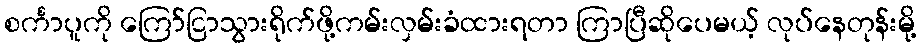
စင်္ကာပူကို ကြော်ငြာသွားရိုက်ဖို့ကမ်းလှမ်းခံထားရတာ ကြာပြီဆိုပေမယ့် လုပ်နေတုန်းမို့